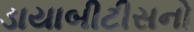
ડાયાબીટીસનો